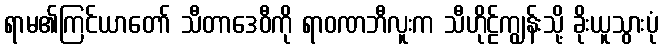
ရာမ၏ကြင်ယာတော် သီတာဒေဝီကို ရာဝဏဘီလူးက သီဟိုဠ်ကျွန်းသို့ ခိုးယူသွားပုံ